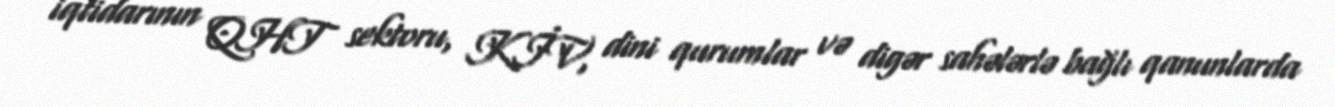
iqtidarının QHT sektoru, KİV, dini qurumlar və digər sahələrlə bağlı qanunlarda